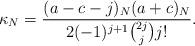
LaTeX: \begin{align*} \kappa_N= \frac{(a-c-j)_N(a+c)_N}{2(-1)^{j+1}\binom{2j}{j}j!}. \end{align*}